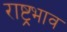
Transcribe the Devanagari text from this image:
राष्ट्रभाव